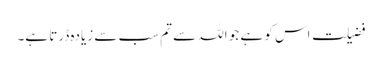
فضیلت اس کو ہے جو اللہ سے تم سب سے زیادہ ڈرتا ہے۔